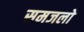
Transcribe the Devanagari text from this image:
समजलो